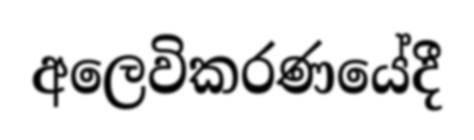
අලෙවිකරණයේදී